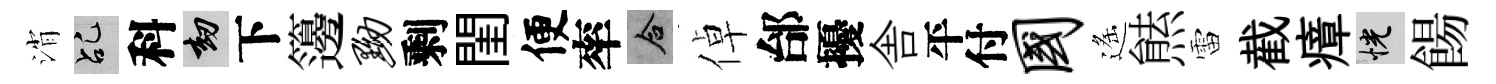
消乩科劫下籩黝剩閨便率合倬邰擾舎平付国遙㷱雷截瘴恍餳